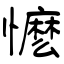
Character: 懡